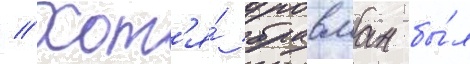
// Хот'я́ бравман бы́л